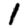
Digit: 1